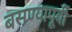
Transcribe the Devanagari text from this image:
बसण्यापूर्वी